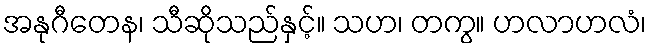
အနုဂီတေန၊ သီဆိုသည်နှင့်။ သဟ၊ တကွ။ ဟလာဟလံ၊